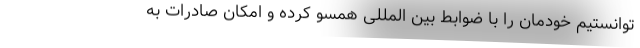
توانستیم خودمان را با ضوابط بین المللی همسو کرده و امکان صادرات به